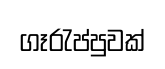
ගෑරැප්පුවක්